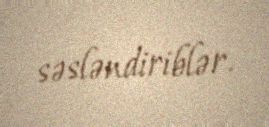
səsləndiriblər.